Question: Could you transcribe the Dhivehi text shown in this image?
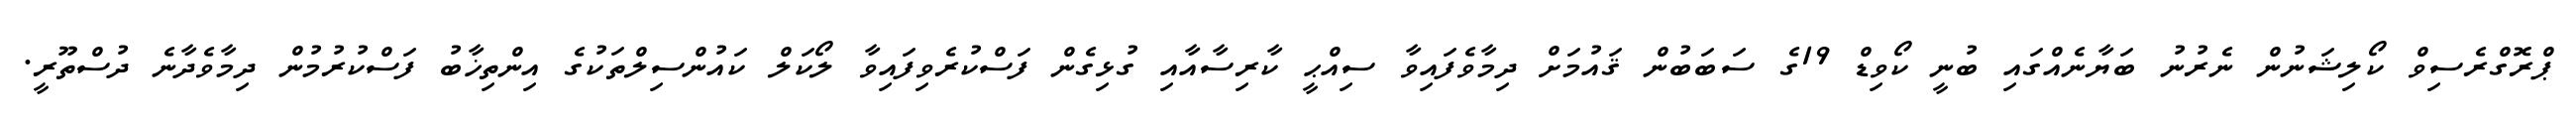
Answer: ޕްރޮގްރެސިވް ކޯލިޝަނުން ނެރުނު ބަޔާނެއްގައި ބުނީ ކޯވިޑް 19ގެ ސަބަބުން ޤައުމަށް ދިމާވެފައިވާ ސިއްޙީ ކާރިސާއާއި ގުޅިގެން ފަސްކުރެވިފައިވާ ލޯކަލް ކައުންސިލްތަކުގެ އިންތިޚާބު ފަސްކުރުމުން ދިމާވެދާނެ ދުސްތޫރީ.